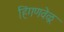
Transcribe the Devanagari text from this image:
हिंगणवेळू